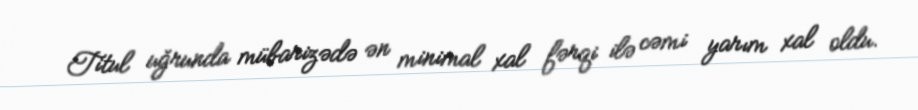
Titul uğrunda mübarizədə ən minimal xal fərqi ilə cəmi yarım xal oldu.